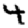
Digit: 4